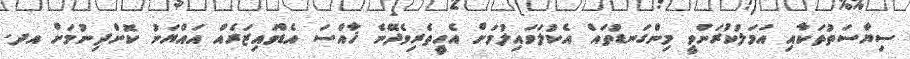
ސިޔާސަތުތަކާއި އަމަލުކުރަންވީ މިންގަނޑުތައް އެކުލަވައިލުމަށް އެހީތެރިވެދޭނެ ޚާއްސަ އެޑްވައިޒަރެއް އައްޔަނު ކޮށްދިނުމަށް އދ.